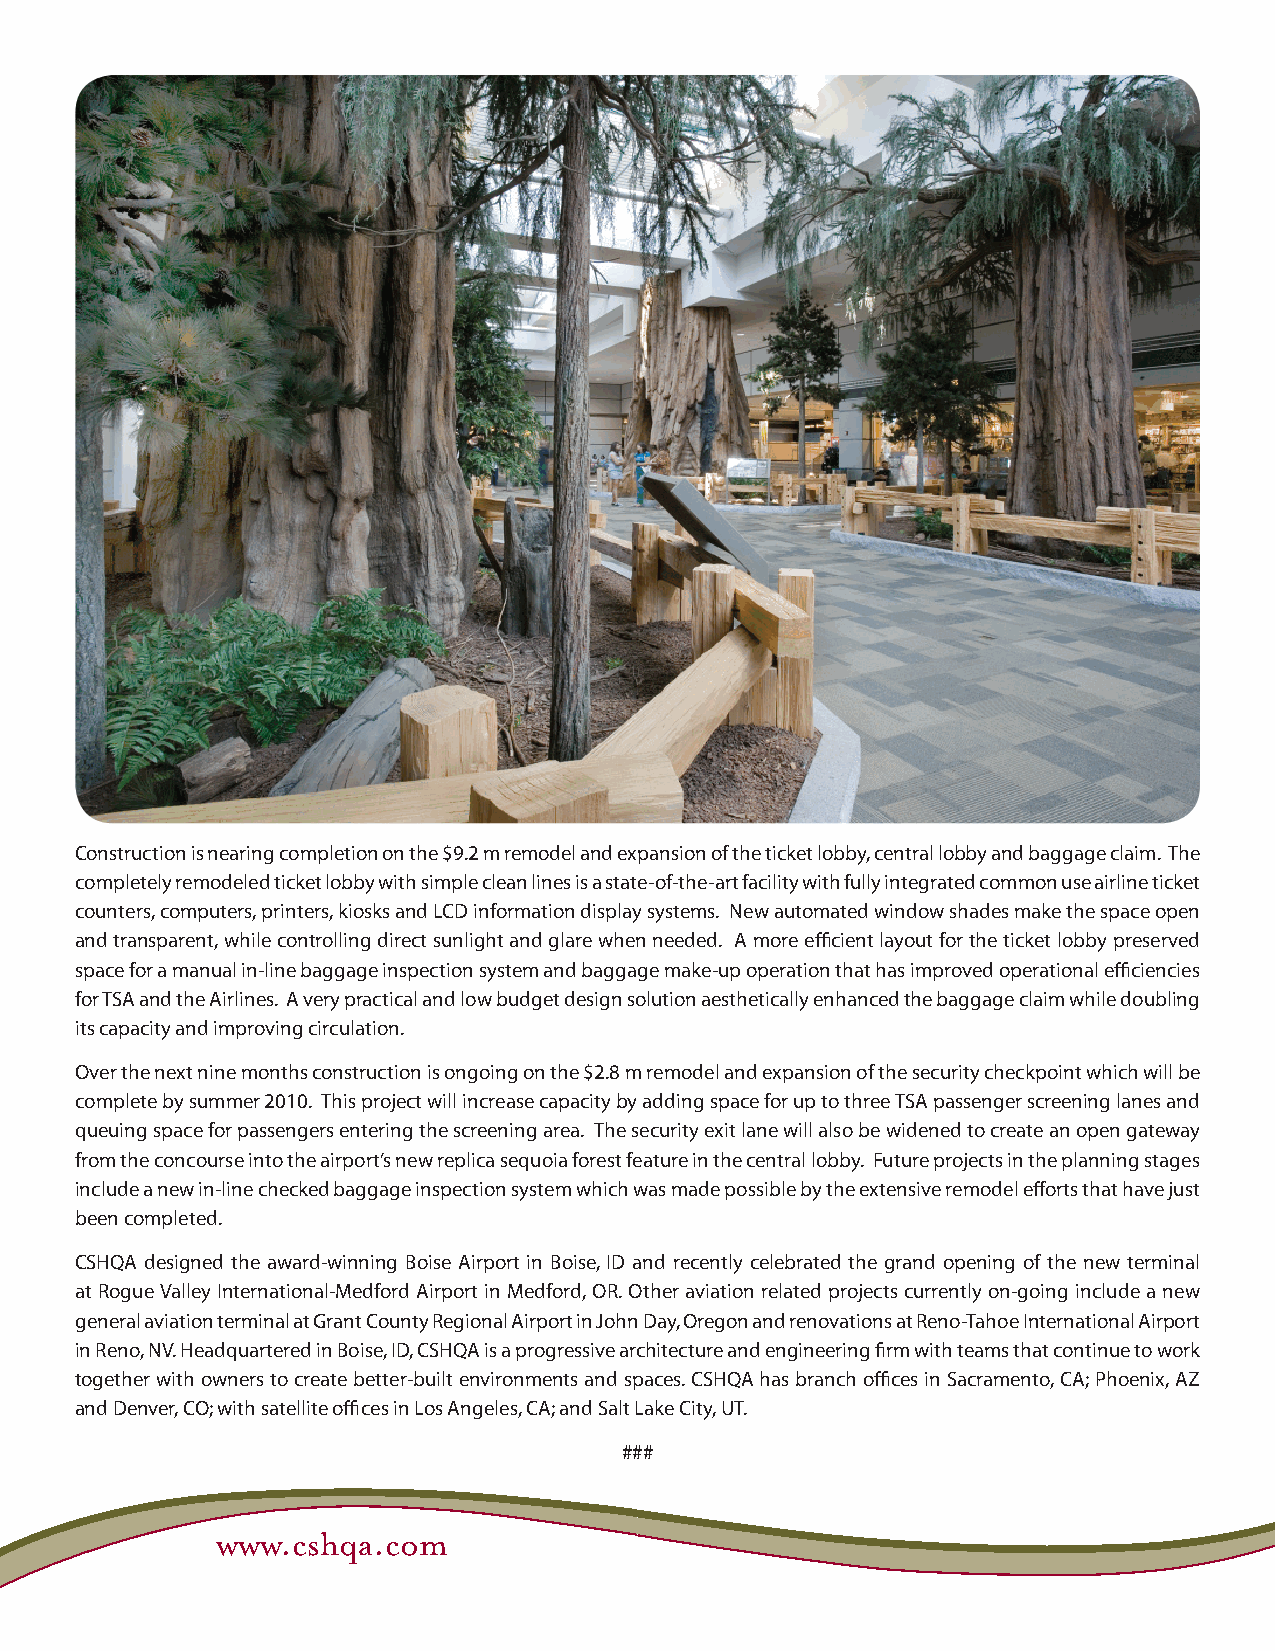
News        Wave
 Construction is nearing completion on the $9.2 m remodel and expansion of the ticket lobby, central lobby and baggage claim. The
 completely remodeled ticket lobby with simple clean lines is a state-of-the-art facility with fully integrated common use airline ticket
 counters, computers, printers, kiosks and LCD information display systems. New automated window shades make the space open
 and transparent, while controlling direct sunlight and glare when needed. A more effi cient layout for the ticket lobby preserved
 space for a manual in-line baggage inspection system and baggage make-up operation that has improved operational effi ciencies
 for TSA and the Airlines. A very practical and low budget design solution aesthetically enhanced the baggage claim while doubling
 its capacity and improving circulation.
 Over the next nine months construction is ongoing on the $2.8 m remodel and expansion of the security checkpoint which will be
 complete by summer 2010. This project will increase capacity by adding space for up to three TSA passenger screening lanes and
 queuing space for passengers entering the screening area. The security exit lane will also be widened to create an open gateway
 from the concourse into the airport’s new replica sequoia forest feature in the central lobby. Future projects in the planning stages
 include a new in-line checked baggage inspection system which was made possible by the extensive remodel eff orts that have just
 been completed.
 CSHQA designed the award-winning Boise Airport in Boise, ID and recently celebrated the grand opening of the new terminal
 at Rogue Valley International-Medford Airport in Medford, OR. Other aviation related projects currently on-going include a new
 general aviation terminal at Grant County Regional Airport in John Day, Oregon and renovations at Reno-Tahoe International Airport
 in Reno, NV. Headquartered in Boise, ID, CSHQA is a progressive architecture and engineering fi rm with teams that continue to work
 together with owners to create better-built environments and spaces. CSHQA has branch offi ces in Sacramento, CA; Phoenix, AZ
 and Denver, CO; with satellite offi ces in Los Angeles, CA; and Salt Lake City, UT.
 ###
 www.cshqa.com